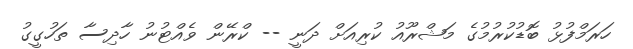
ހަރަމްފުޅު ބޮޑުކުރުމުގެ މަޝްރޫއު ކުރިއަށް ދަނީ -- ކްރޭން ވެއްޓުނު ހާދިސާ ތަހުގީގު